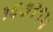
૧૬૭૧૧૫